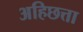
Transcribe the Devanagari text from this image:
अहिछत्ता